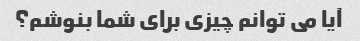
آیا می توانم چیزی برای شما بنوشم؟